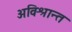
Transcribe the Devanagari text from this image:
अविश्रान्त